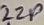
Text: 22P